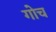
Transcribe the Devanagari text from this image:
गोच